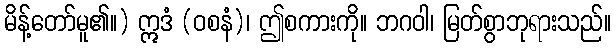
မိန့်တော်မူ၏။) ဣဒံ (ဝစနံ)၊ ဤစကားကို။ ဘဂဝါ၊ မြတ်စွာဘုရားသည်။